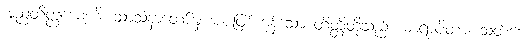
အညတိတ္ထယေဟိ၊ သာသနာတော်မှ အပဖြစ်ကုန်သော တိတ္ထိတို့သည်။ မာရာပိတာ၊ သတ်စေ